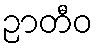
ဉာတီဝ